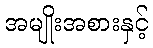
အမျိုးအစားနှင့်